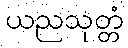
ယညသုတ္တံ